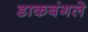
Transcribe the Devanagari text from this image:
डाकबंगले